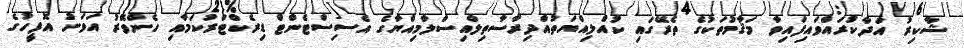
ޝާކިރު އަދާކުރައްވައިފައިވާ މަޤާމުތަކުގެ ތެރޭގައި ކުއްލިއްޔަތުއްދިރާސާތިލްއިސްލާމިއްޔާގެ އެސިސްޓެންޓް ޑިރެކްޓަރުކަމާއި ހެންވޭރު އަވަށު އޮފީހުގެ